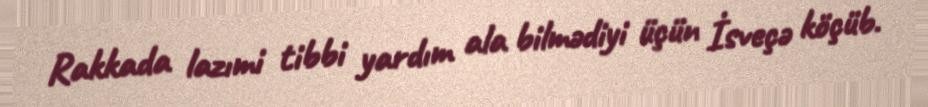
Rakkada lazımi tibbi yardım ala bilmədiyi üçün İsveçə köçüb.